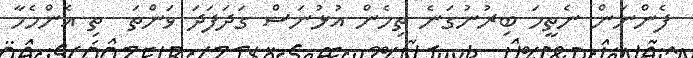
ފެންނަން ނެތީމަ ބިރުނުގަނެ ތިހެން އުޅުނަސް ގަދަފަދަ ވަންތަ  ތި އެންމެހާ